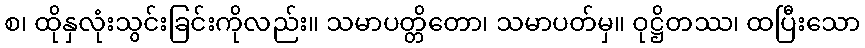
စ၊ ထိုနှလုံးသွင်းခြင်းကိုလည်း။ သမာပတ္တိတော၊ သမာပတ်မှ။ ဝုဋ္ဌိတဿ၊ ထပြီးသော